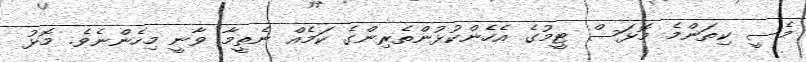
މެސީ ކިތަންމެ މޮޅަސް ޓީމުގެ އެހެންކުޅުންތެރިންގެ ކަމެއް ނެތީމާ ވާނީ މިހެންނެވެ. މޮޅު